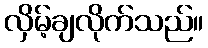
လှိမ့်ချလိုက်သည်။